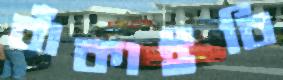
বাঁকাইবি